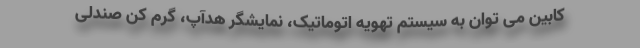
کابین می توان به سیستم تهویه اتوماتیک، نمایشگر هدآپ، گرم کن صندلی